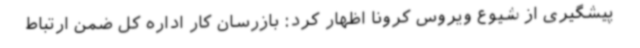
پیشگیری از شیوع ویروس کرونا اظهار کرد: بازرسان کار اداره کل ضمن ارتباط